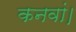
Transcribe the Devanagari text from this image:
कनवां।